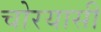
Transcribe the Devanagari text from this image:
चोरयासी